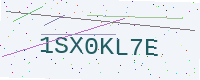
Text: 1SX0KL7E